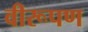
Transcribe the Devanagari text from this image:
वीरूपण